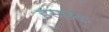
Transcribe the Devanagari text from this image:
इसएक